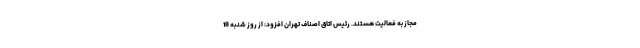
مجاز به فعالیت هستند. رئیس اتاق اصناف تهران افزود: از روز شنبه 18